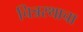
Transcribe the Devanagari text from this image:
चित्ररथाचा